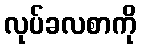
လုပ်ခလစာကို